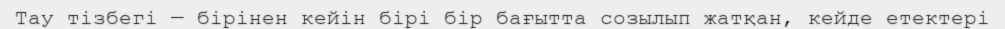
Тау тізбегі — бірінен кейін бірі бір бағытта созылып жатқан, кейде етектері